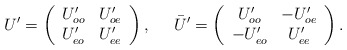
\begin{align*}U'=\left(\begin{array}{cc}U'_{oo}& U'_{oe}\\U'_{eo}& U'_{ee}\end{array} \right),\;\;\;\;\;\bar{U}'=\left(\begin{array}{cc}U'_{oo}& -U'_{oe}\\-U'_{eo}& U'_{ee}\end{array} \right). \end{align*}